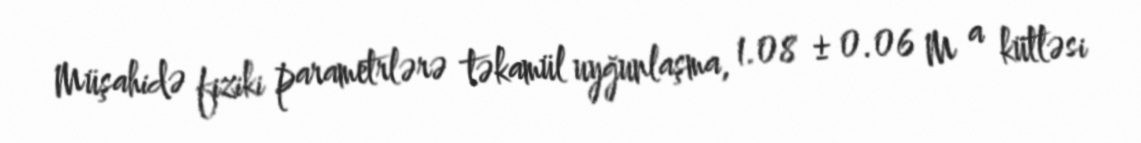
Müşahidə fiziki parametrlərə təkamül uyğunlaşma, 1.08 ± 0.06 M a kütləsi